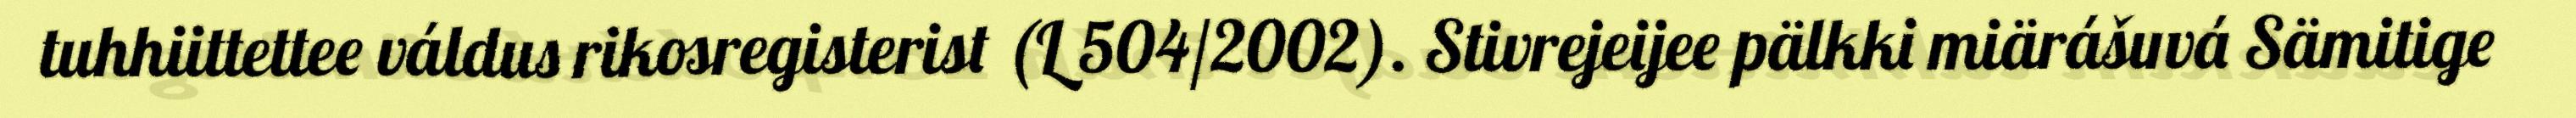
tuhhiittettee váldus rikosregisterist (L 504/2002). Stivrejeijee pälkki miärášuvá Sämitige